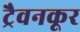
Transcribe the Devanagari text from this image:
ट्रैवनकूर